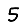
Digit: 5